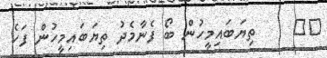
٦٨     ތިޔަބައިމީހުން ބޯ ފެނާމެދު ތިޔަބައިމީހުން ފަހެ